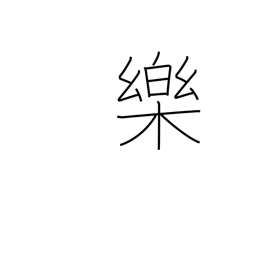
Meaning: comfort